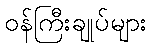
ဝန်ကြီးချုပ်များ